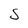
Character: S